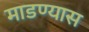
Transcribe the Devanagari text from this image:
माडण्यास